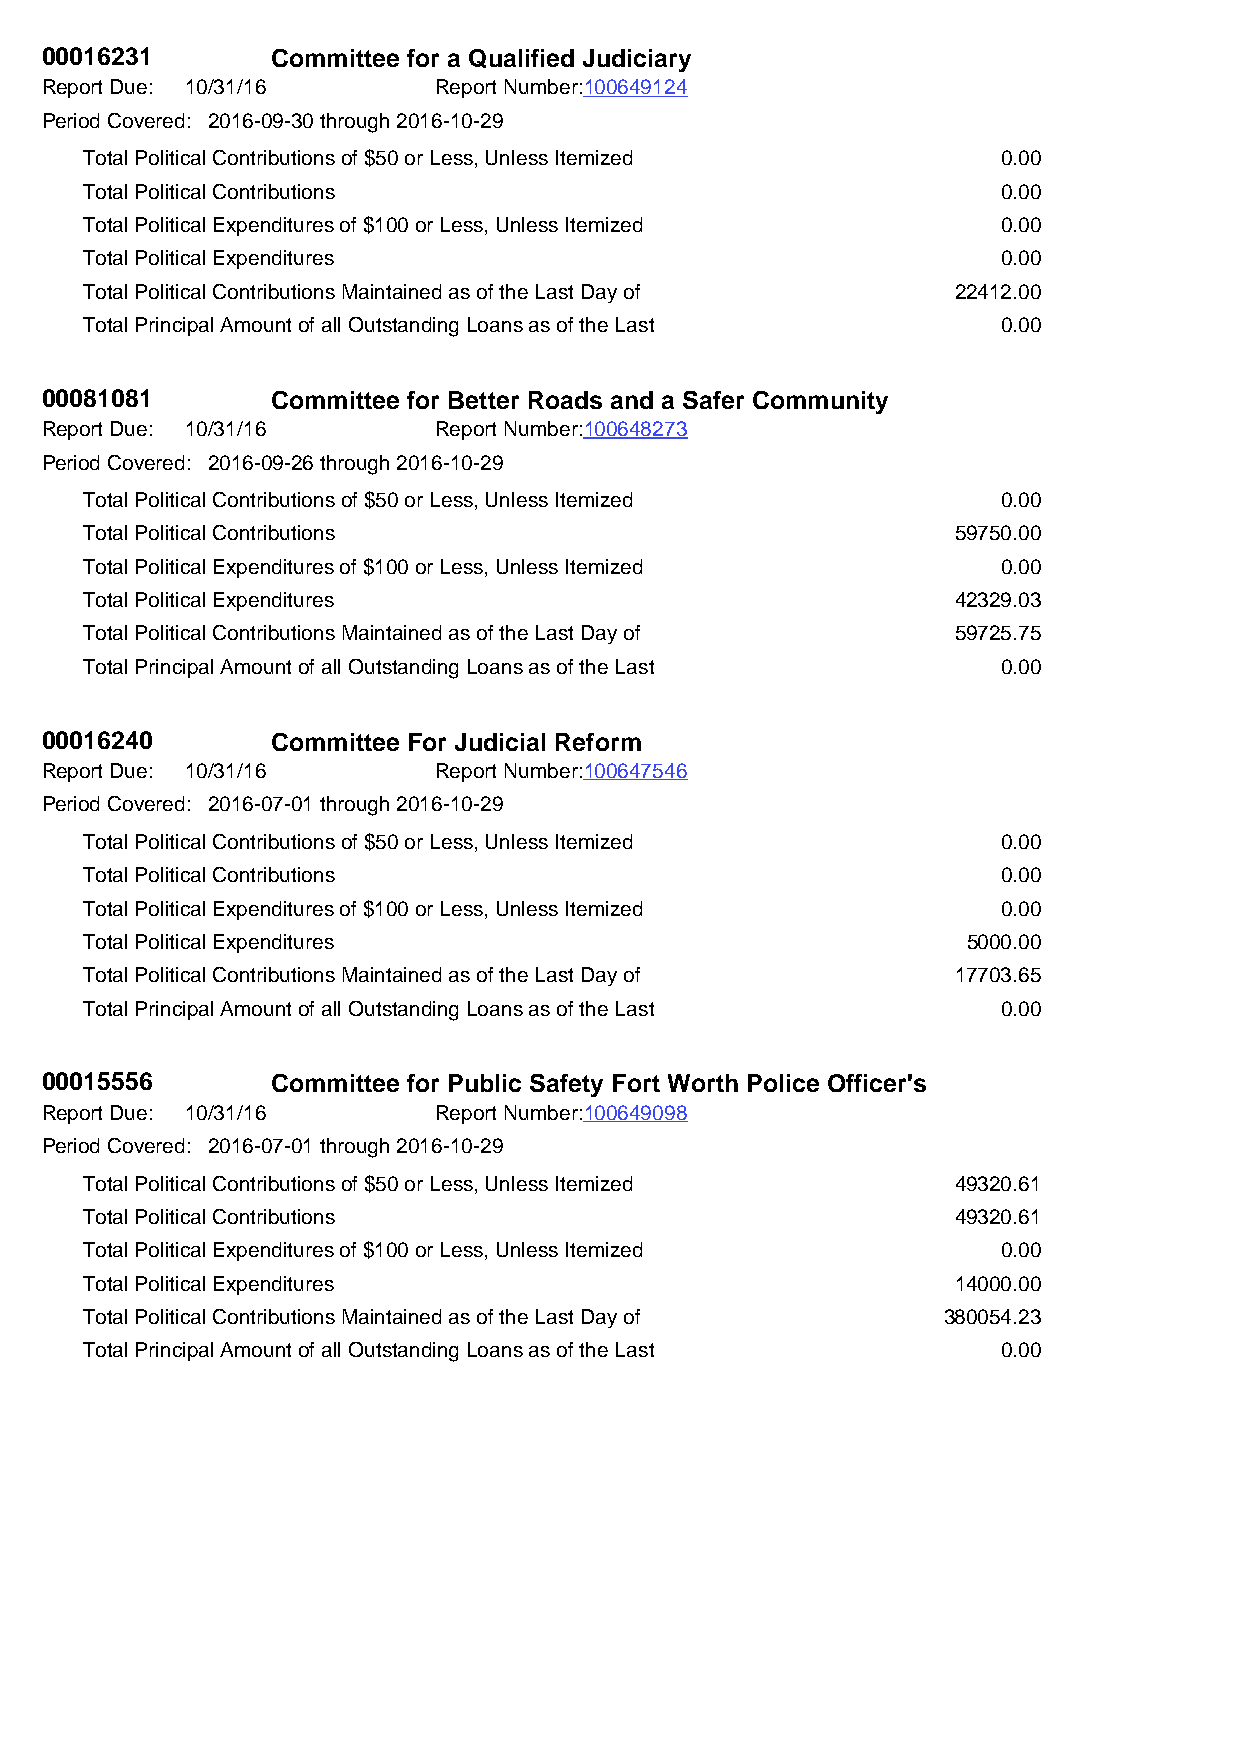
00016231       Committee for a Qualified Judiciary
 Report Due: 10/31/16      Report Number:100649124
 Period Covered: 2016-09-30 through 2016-10-29
 Total Political Contributions of $50 or Less, Unless Itemized 0.00
 Total Political Contributions                               0.00
 Total Political Expenditures of $100 or Less, Unless Itemized 0.00
 Total Political Expenditures                                0.00
 Total Political Contributions Maintained as of the Last Day of 22412.00
 Total Principal Amount of all Outstanding Loans as of the Last 0.00
 00081081       Committee for Better Roads and a Safer Community
 Report Due: 10/31/16      Report Number:100648273
 Period Covered: 2016-09-26 through 2016-10-29
 Total Political Contributions of $50 or Less, Unless Itemized 0.00
 Total Political Contributions                            59750.00
 Total Political Expenditures of $100 or Less, Unless Itemized 0.00
 Total Political Expenditures                             42329.03
 Total Political Contributions Maintained as of the Last Day of 59725.75
 Total Principal Amount of all Outstanding Loans as of the Last 0.00
 00016240       Committee For Judicial Reform
 Report Due: 10/31/16      Report Number:100647546
 Period Covered: 2016-07-01 through 2016-10-29
 Total Political Contributions of $50 or Less, Unless Itemized 0.00
 Total Political Contributions                               0.00
 Total Political Expenditures of $100 or Less, Unless Itemized 0.00
 Total Political Expenditures                              5000.00
 Total Political Contributions Maintained as of the Last Day of 17703.65
 Total Principal Amount of all Outstanding Loans as of the Last 0.00
 00015556       Committee for Public Safety Fort Worth Police Officer's
 Report Due: 10/31/16      Report Number:100649098
 Period Covered: 2016-07-01 through 2016-10-29
 Total Political Contributions of $50 or Less, Unless Itemized 49320.61
 Total Political Contributions                            49320.61
 Total Political Expenditures of $100 or Less, Unless Itemized 0.00
 Total Political Expenditures                             14000.00
 Total Political Contributions Maintained as of the Last Day of 380054.23
 Total Principal Amount of all Outstanding Loans as of the Last 0.00